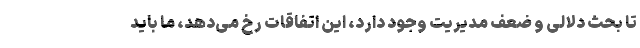
تا بحث دلالی و ضعف مدیریت وجود دارد، این اتفاقات رخ می‌دهد، ما باید